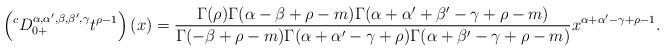
LaTeX: \begin{align*}\left({}^{c}D_{0+}^{\alpha,\alpha',\beta,\beta',\gamma}t^{\rho-1}\right)(x)=\frac{\Gamma(\rho)\Gamma(\alpha-\beta+\rho-m)\Gamma(\alpha+\alpha'+\beta'-\gamma+\rho-m)}{\Gamma(-\beta+\rho-m)\Gamma(\alpha+\alpha'-\gamma+\rho)\Gamma(\alpha+\beta'-\gamma+\rho-m)}x^{\alpha+\alpha'-\gamma+\rho-1}.\end{align*}